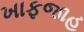
ખાફજાહ